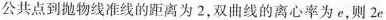
公共点到抛物线准线的距离为2，双曲线的离心率为e，则$$2 e